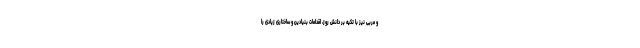
و مربی نیز با تکیه بر دانش روز، اقدامات بنیادین و ساختاری زیادی را